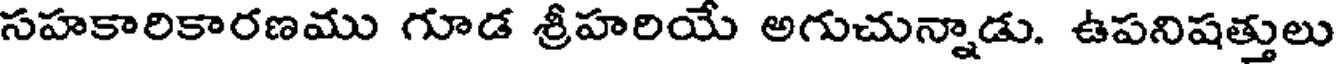
సహకారికారణము గూడ శ్రీహరియే అగుచున్నాడు. ఉపనిషత్తులు